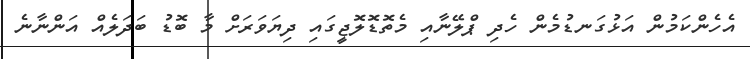
އެހެންކަމުން އަޅުގަނޑުމެން ހެދި ޕްލޭނާއި މެތޮޑޮލޮޖީގައި ދިޔަވަރަށް މާ ބޮޑު ބަދަލެއް އަންނާނެ